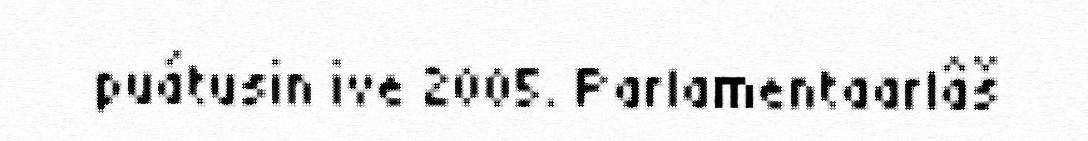
puátusin ive 2005. Parlamentaarlâš